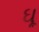
ઘૂ